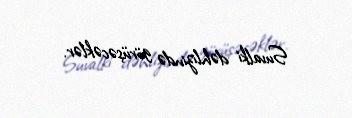
Suvalki dəhlizində görüşəcəklər.